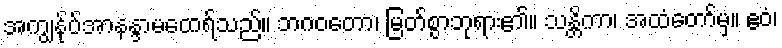
အကျွန်ုပ်အာနန္ဒာမထေရ်သည်။ ဘဂဝတော၊ မြတ်စွာဘုရား၏။ သန္တိကာ၊ အထံတော်မှ။ ဧဝံ၊